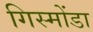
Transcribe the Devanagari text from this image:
गिस्मोंडा